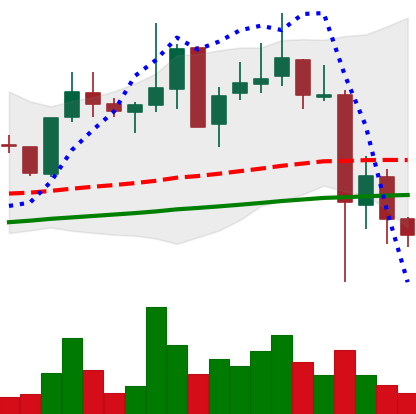
Ticker: XLM-USD
Chart end date: 2021-05-22
Forward return: 7.344%
Label: up_7plus